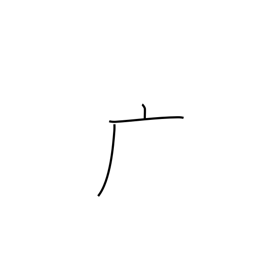
Meaning: dotted cliff radical (no. 53)